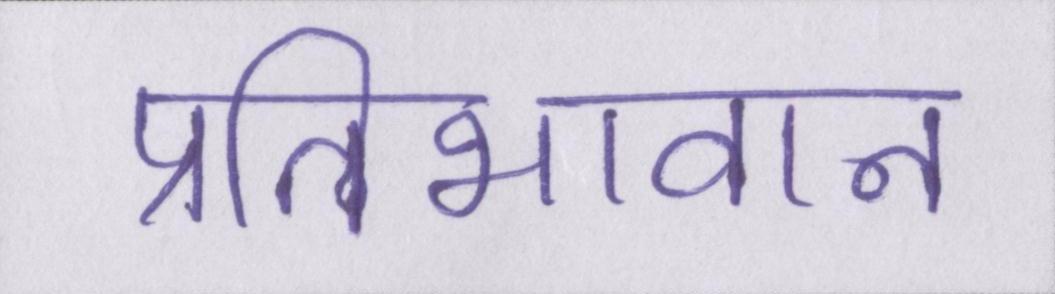
प्रतिभावान